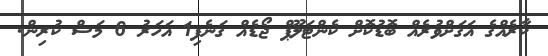
ކާރެއްގެ އަގަށްވުރެއް ބޮޑުކޮށް ކެންޓަލޫޕް ޖޯޑެއް ގަނެފި1 އަހަރު 6 މަސް ކުރިން.